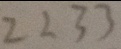
2 2 3 3